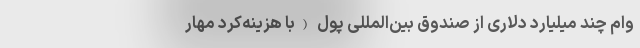
وام چند میلیارد دلاری از صندوق بین‌المللی پول (با هزینه‌کرد مهار